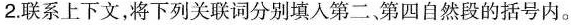
2.联系上下文，将下列关联词分别填入第二、第四自然段的括号内。